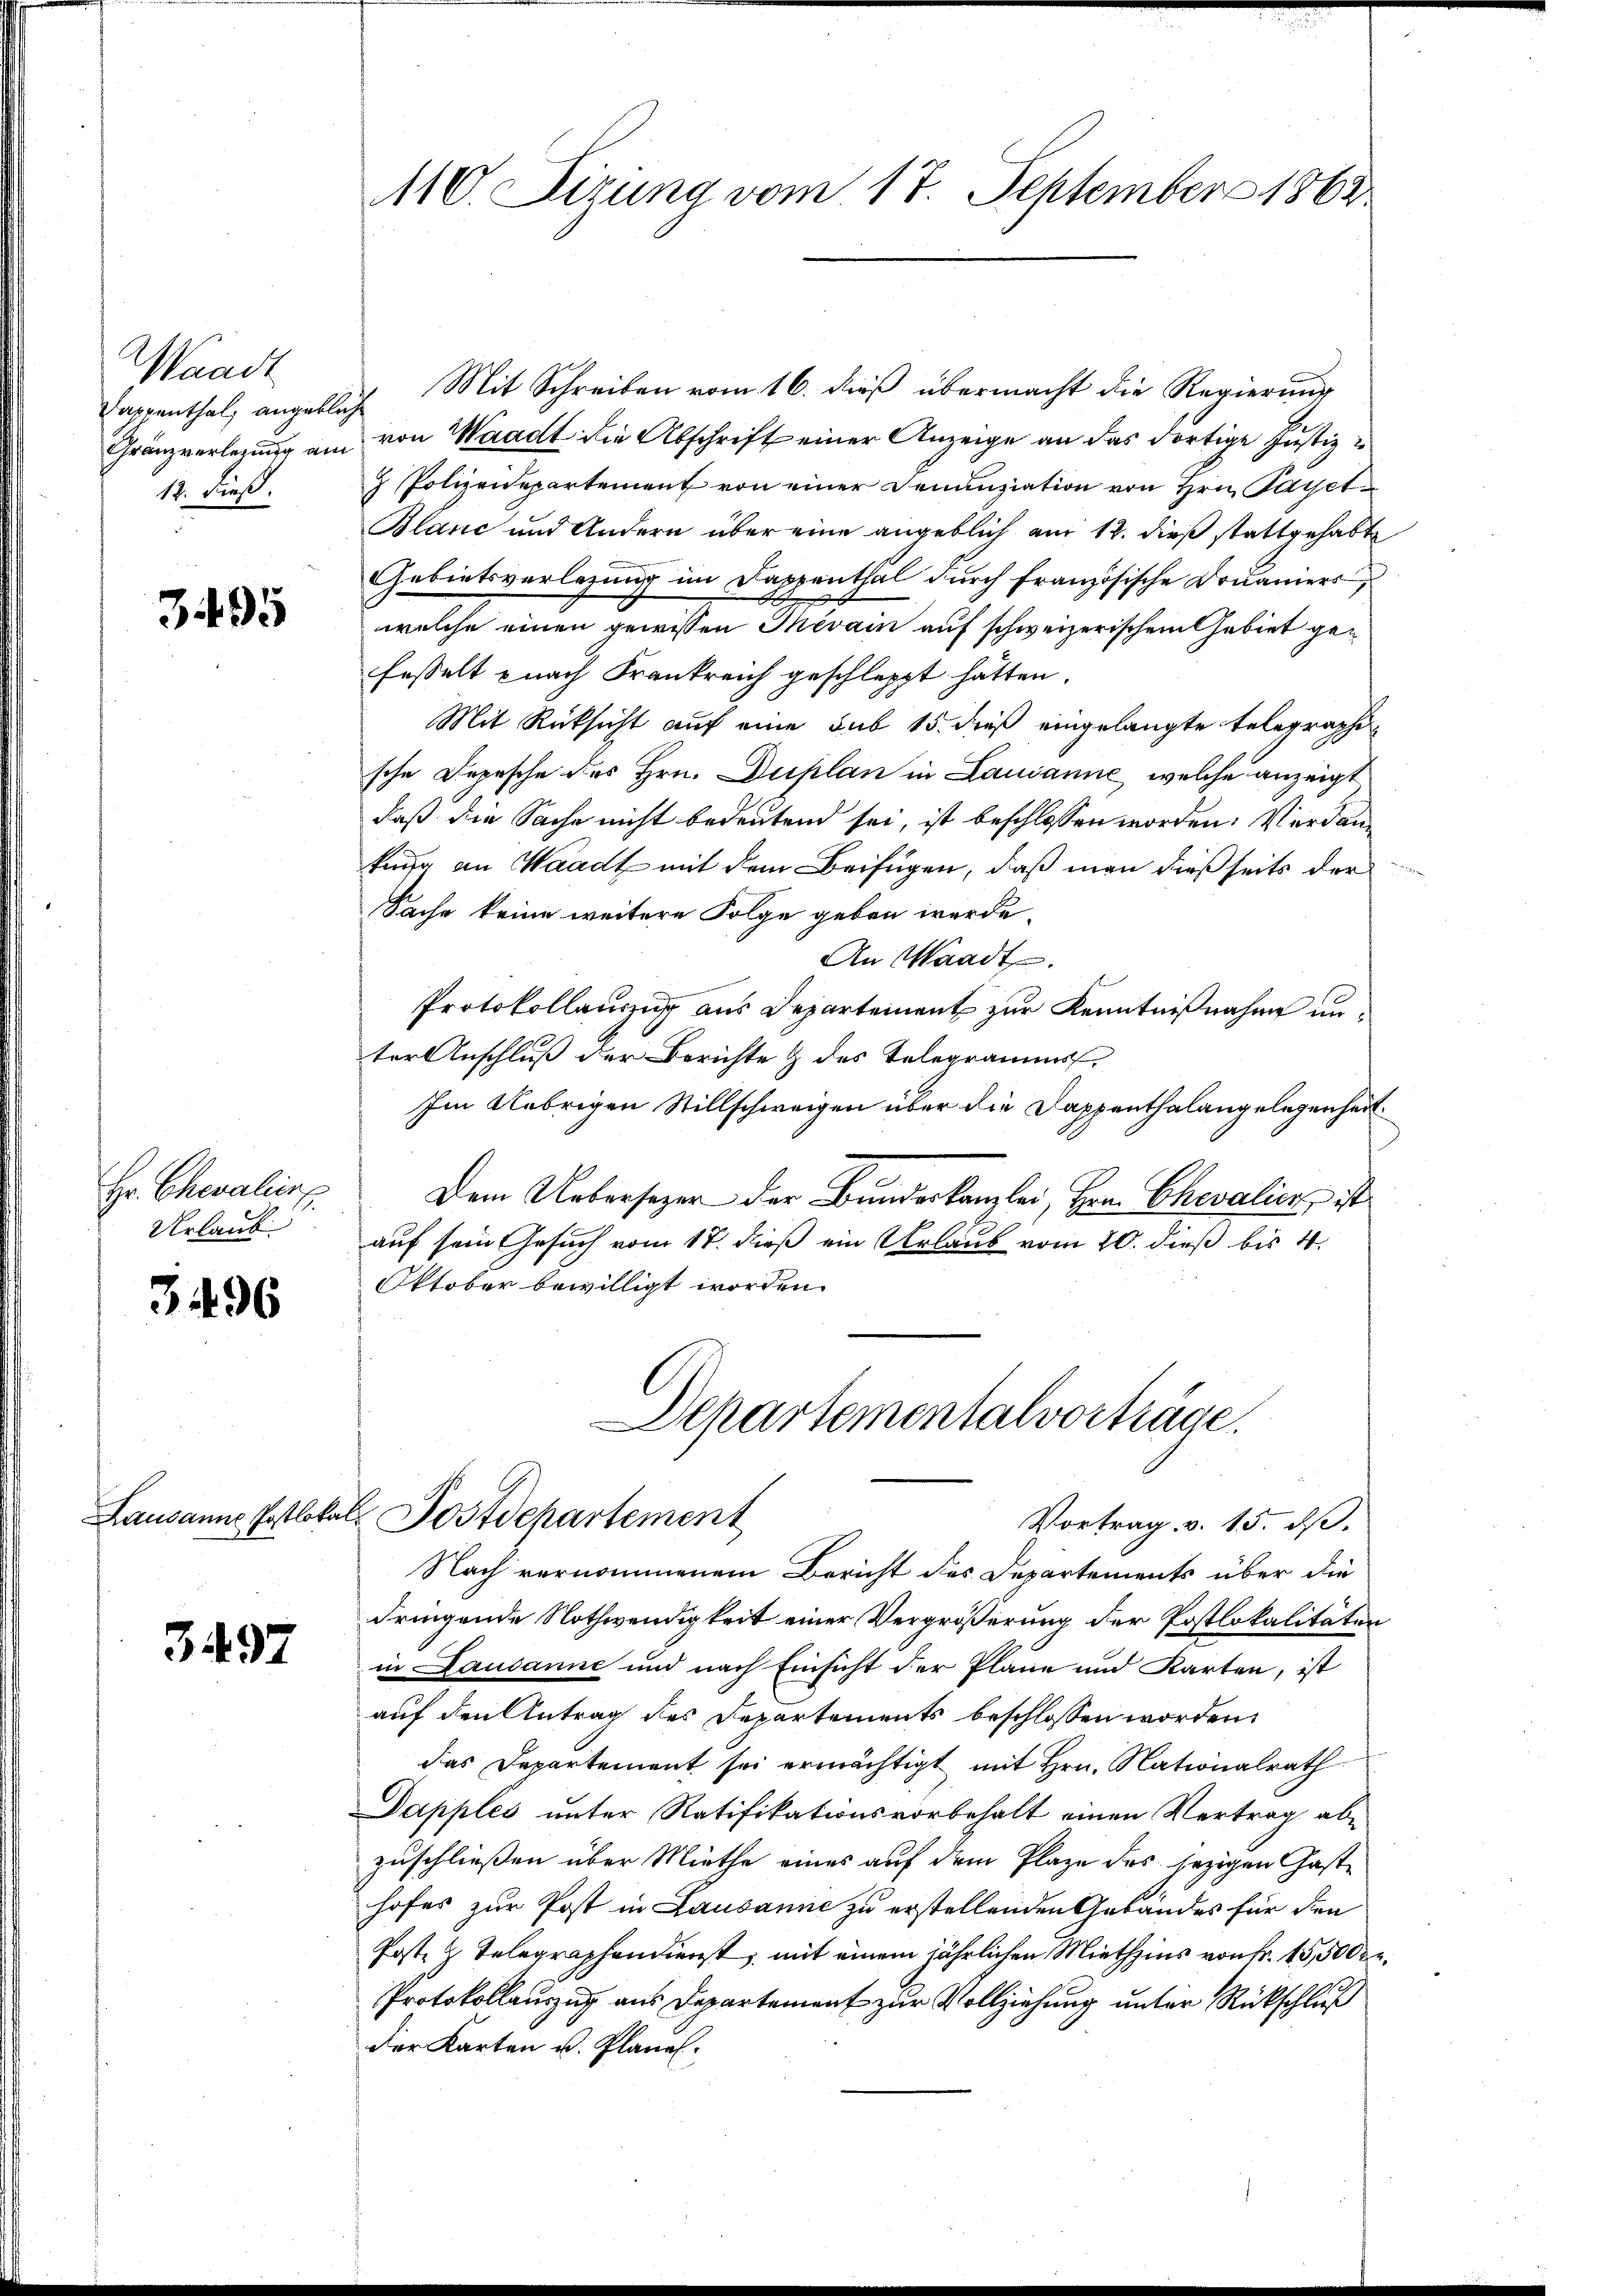
Waadt
12. dieß.

3495

Hr. Chevaliert
Urlaub

3496

3497

110. Sizung vom 17. September 1863

Cappenthal, angeblich Mit Schreiben vom 16. dieß übermacht die Regierung
Franzverlegung am von Waadt die Abschrift einer Anzeige an das dortige Justiz u
 Polizeidepartement von einer Denunziation von Hrn. Payet
Blanc und Andern über eine angeblich am 12. dieß stattgehabte
Gebietsverlegung im Dappenthal durch französische Douaniers
welche einen gewissen Mevain auf schweizerischem Gebiet gefesselt nach Frankreich geschleppt hätten.
Mit Rücksicht auf eine sub 15. dieß eingelangte Telegraphi
sche Depesche des Hrn. Duplan in Lausanne, welche anzeigt
daß die Sache nicht bedeutend sei, ist beschlossen worden: Verdankung an Waadt mit dem Beifügen, daß man dießseits der
Sache keine weitere Folge geben werde.
An Waadt.
Protokollauszug aus Departement zur Kenntnißnahme unter Anschluß der Berichte & des Telegramms.
Im Uebrigen Stillschweigen über die Dappenthalangelegenheit
Dem Uebersezen der Bundeskanzlei, Hrn. Chevalien, ist
auf sein Gesuch vom 18. dieß ein Urlaub vom 20. dieß bis 4.
Oktober bewilligt worden.
Departementalvorträge.

Lausanne Postlokal, Postdepartement
Vortrag v. 15. d.

Nach vernommenem Bericht des Departements über die
dringende Nothwendigkeit einer Vergrößerung der Postlokalitäten
in Lausanne und nach Einsicht der Plane und Karten, ist
auf den Antrag des Departements beschlossen worden.
das Departement sei ermächtigt mit Hrn. Nationalrath
Dapples unter Ratifikationsvorbehalt einen Vertrag ab-
zuschließen über Miethe eines auf dem Plaze des jezigen Gasthofes zur Post in Lausanne zu erstellenden Gebäudes für den
Poste z. Telegraphendienst, mit einem jährlichen Miethzins von Fr. 15,500 r.
Protokollauszug aus Departement zur Vollziehung unter Rückschluß
Der Karten u. Plane.